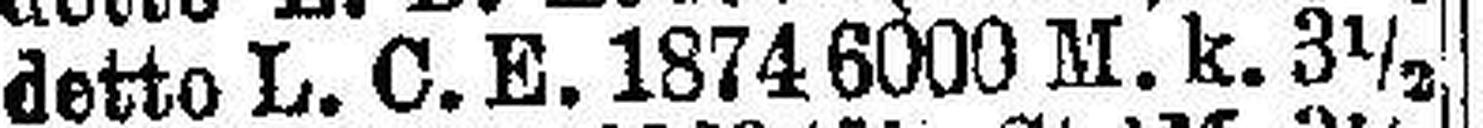
detto L. C. E. 1874 6000 M. k. 3½